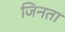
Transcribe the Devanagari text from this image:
जिनता